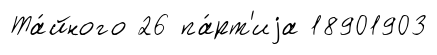
Та́йного 26 па́рт'иjа 18901903